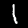
Digit: 1